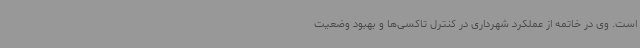
است. وی در خاتمه از عملکرد شهرداری در کنترل تاکسی‌ها و بهبود وضعیت